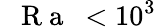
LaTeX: \mathrm{~\textit~{~R~a~}~}<10^{3}